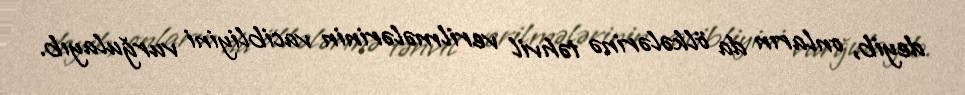
deyib, onların da ölkələrinə təhvil verilmələrinin vacibliyini vurğulayıb.